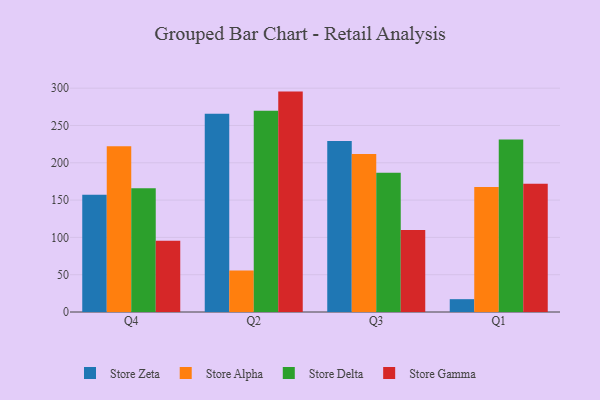
{"axis": {"x": "Quarter", "y": "Churn Rate (%)"}, "legend": ["Store Alpha", "Store Delta", "Store Gamma", "Store Zeta"], "data": [{"x": "Q4", "y": 157.2, "type": "Store Zeta"}, {"x": "Q4", "y": 222.2, "type": "Store Alpha"}, {"x": "Q4", "y": 165.8, "type": "Store Delta"}, {"x": "Q4", "y": 95.5, "type": "Store Gamma"}, {"x": "Q2", "y": 265.8, "type": "Store Zeta"}, {"x": "Q2", "y": 55.6, "type": "Store Alpha"}, {"x": "Q2", "y": 269.7, "type": "Store Delta"}, {"x": "Q2", "y": 295.4, "type": "Store Gamma"}, {"x": "Q3", "y": 229.3, "type": "Store Zeta"}, {"x": "Q3", "y": 211.7, "type": "Store Alpha"}, {"x": "Q3", "y": 186.7, "type": "Store Delta"}, {"x": "Q3", "y": 109.9, "type": "Store Gamma"}, {"x": "Q1", "y": 17.2, "type": "Store Zeta"}, {"x": "Q1", "y": 167.7, "type": "Store Alpha"}, {"x": "Q1", "y": 231.1, "type": "Store Delta"}, {"x": "Q1", "y": 172.0, "type": "Store Gamma"}]}